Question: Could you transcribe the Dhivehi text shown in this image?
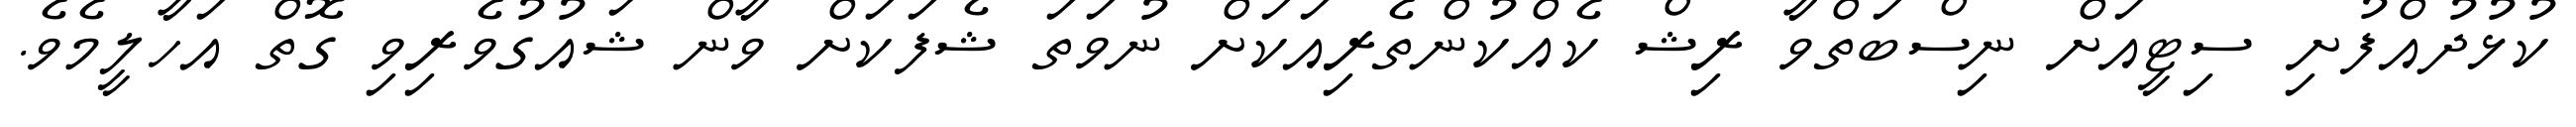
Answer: ކުޅުދުއްފުށި ސިޓީއަށް ނިސްބަތްވާ ރިޝް ކެއްކުންތެރިއަކަށް ނުވަތަ ޝެފަކަށް ވާން ޝައުގުވެރިވި ގޮތް އަހާލީމެވެ.